Indian journal of veterinary science and animal husbandry - Volumes 22-23, 1952-1953
Year: 1952
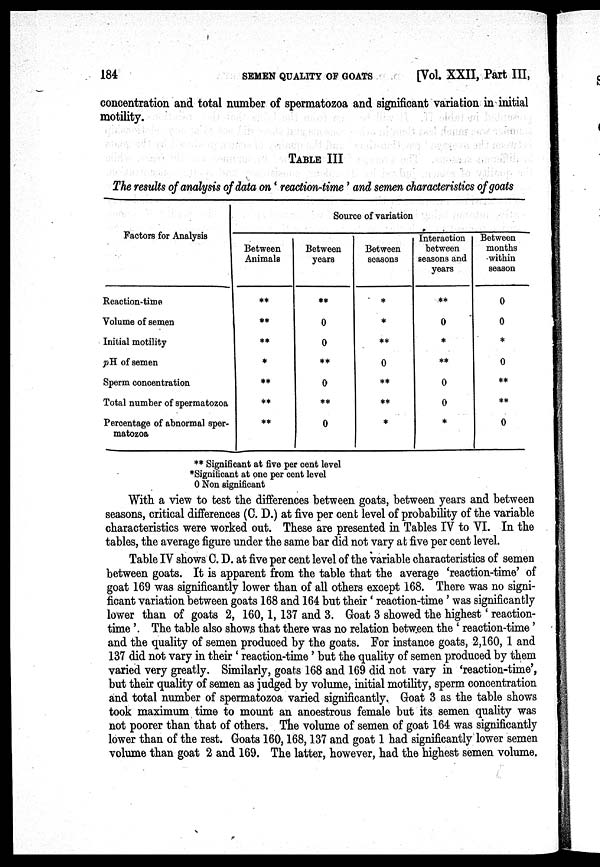
184
SEMEN
QUALITY
OF
GOATS
[Vol. XXII, Part III,
concentration and total number of spermatozoa and significant variation in initial
motility.
TABLE III
The results of analysis of data on 'reaction-time' and semen characteristics of goats
Factors for Analysis
Reaction-time
Volume of semen
Initial motility
pH of semen
Sperm concentration
Total number of spermatozoa
Percentage of abnormal sper-
matozoa
Source of variation
Between
Animals
**
**
**
*
**
**
**
Between
years
**
0
0
**
0
**
0
Between
seasons
*
*
**
0
**
**
*
Interaction
between
seasons and
years
**
0
*
**
0
0
*
Between
months
-within
season
0
0
*
0
**
**
0
** Significant at five per cent level
*Significant at one per cent level
0 Non significant
With a view to test the differences between goats, between years and between
seasons, critical differences (C. D.) at five per cent level of probability of the variable
characteristics were worked out. These are presented in Tables IV to VI. In the
tables, the average figure under the same bar did not vary at five per cent level.
Table IV shows C. D. at five per cent level of the variable characteristics of semen
between goats. It is apparent from the table that the average 'reaction-time' of
goat 169 was significantly lower than of all others except 168. There was no signi-
ficant variation between goats 168 and 164 but their 'reaction-time' was significantly
lower than of goats 2, 160, 1, 137 and 3. Goat 3 showed the highest' reaction-
time'. The table also shows that there was no relation between the 'reaction-time'
and the quality of semen produced by the goats. For instance goats, 2,160, 1 and
137 did not vary in their 'reaction-time' but the quality of semen produced by them
varied very greatly. Similarly, goats 168 and 169 did not vary in 'reaction-time',
but their quality of semen as judged by volume, initial motility, sperm concentration
and total number of spermatozoa varied significantly. Goat 3 as the table shows
took maximum time to mount an anoestrous female but its semen quality was
not poorer than that of others. The volume of semen of goat 164 was significantly
lower than of the rest. Goats 160, 168, 137 and goat 1 had significantly lower semen
volume than goat 2 and 169. The latter, however, had the highest semen volume.